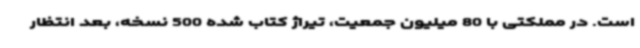
است. در مملکتی با 80 میلیون جمعیت، تیراژ کتاب شده 500 نسخه، بعد انتظار